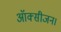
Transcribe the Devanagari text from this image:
ऑक्सीजन।